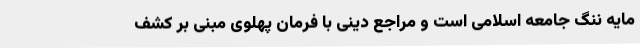
مایه ننگ جامعه اسلامی است و مراجع دینی با فرمان پهلوی مبنی بر کشف